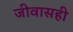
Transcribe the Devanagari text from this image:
जीवासही